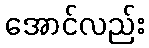
အောင်လည်း